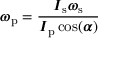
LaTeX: { \boldsymbol { \omega } } _ { \mathrm { p } } = { \frac { { \boldsymbol { I } } _ { \mathrm { s } } { \boldsymbol { \omega } } _ { \mathrm { s } } } { { \boldsymbol { I } } _ { \mathrm { p } } \cos ( { \boldsymbol { \alpha } } ) } }